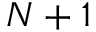
N + 1